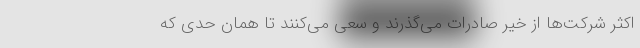
اکثر شرکت‌ها از خیر صادرات می‌گذرند و سعی می‌کنند تا همان حدی که